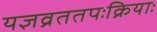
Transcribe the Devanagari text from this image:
यज्ञव्रततपःक्रियाः